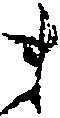
ま